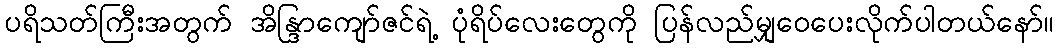
ပရိသတ်ကြီးအတွက် အိန္ဒြာကျော်ဇင်ရဲ့ ပုံရိပ်လေးတွေကို ပြန်လည်မျှဝေပေးလိုက်ပါတယ်နော်။